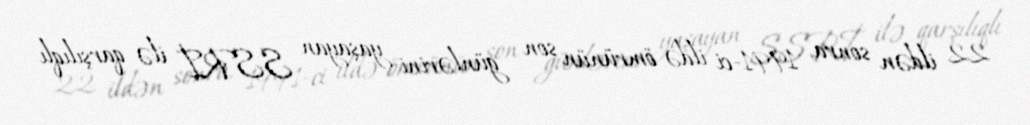
22 ildən sonra, 1991-ci ildə ömrünün son günlərini yaşayan SSRİ ilə qarşılıqlı